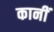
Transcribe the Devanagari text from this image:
कानीं